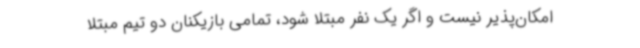
امکان‌پذیر نیست و اگر یک نفر مبتلا شود، تمامی بازیکنان دو تیم مبتلا